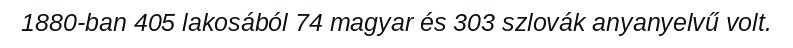
1880-ban 405 lakosából 74 magyar és 303 szlovák anyanyelvű volt.